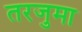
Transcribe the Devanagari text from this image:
तरजुमा